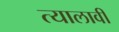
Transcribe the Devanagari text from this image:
त्यालावी